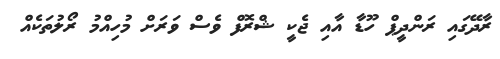
ރާދޭގައި ރަންދީޕް ހޫޑާ އާއި ޖެކީ ޝްރޮފް ވެސް ވަރަށް މުހިއްމު ރޯލުތަކެއް